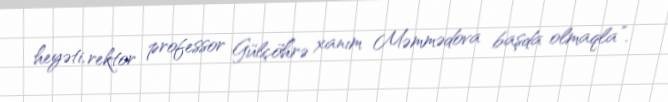
heyəti, rektor professor Gülçöhrə xanım Məmmədova başda olmaqla”.